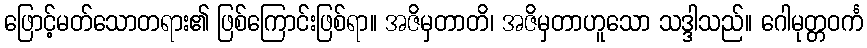
ဖြောင့်မတ်သောတရား၏ ဖြစ်ကြောင်းဖြစ်ရာ။ အဇိမှတာတိ၊ အဇိမှတာဟူသော သဒ္ဒါသည်။ ဂေါမုတ္တဝင်္က